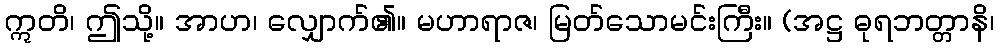
ဣတိ၊ ဤသို့။ အာဟ၊ လျှောက်၏။ မဟာရာဇ၊ မြတ်သောမင်းကြီး။ (အဋ္ဌ ဓုရဘတ္တာနိ၊